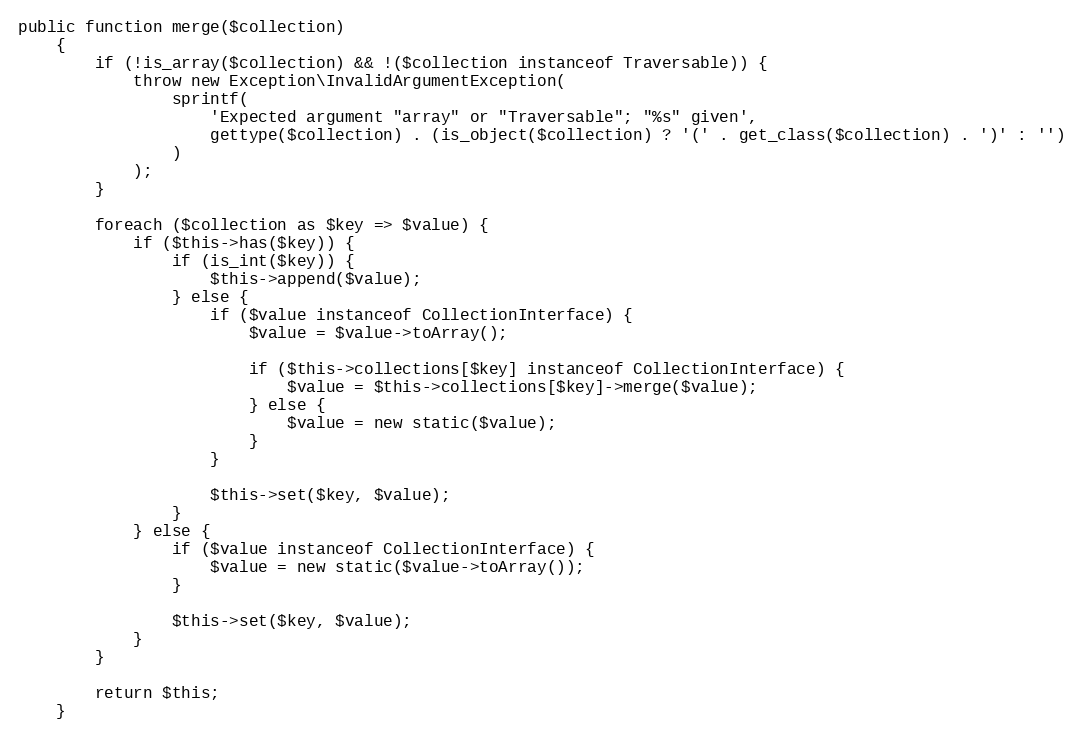
Language: PHP
public function merge($collection)
    {
        if (!is_array($collection) && !($collection instanceof Traversable)) {
            throw new Exception\InvalidArgumentException(
                sprintf(
                    'Expected argument "array" or "Traversable"; "%s" given',
                    gettype($collection) . (is_object($collection) ? '(' . get_class($collection) . ')' : '')
                )
            );
        }

        foreach ($collection as $key => $value) {
            if ($this->has($key)) {
                if (is_int($key)) {
                    $this->append($value);
                } else {
                    if ($value instanceof CollectionInterface) {
                        $value = $value->toArray();

                        if ($this->collections[$key] instanceof CollectionInterface) {
                            $value = $this->collections[$key]->merge($value);
                        } else {
                            $value = new static($value);
                        }
                    }

                    $this->set($key, $value);
                }
            } else {
                if ($value instanceof CollectionInterface) {
                    $value = new static($value->toArray());
                }

                $this->set($key, $value);
            }
        }

        return $this;
    }